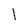
Character: l